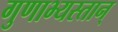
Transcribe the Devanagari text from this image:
गुणाभ्यस्तान्